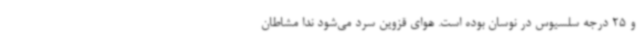
و 25 درجه سلسیوس در نوسان بوده است. هوای قزوین سرد می‌شود ندا مشاطان